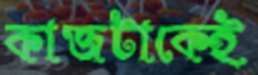
কাজটাকেই